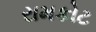
રામકોટ